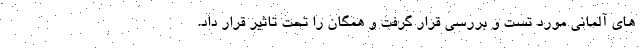
های آلمانی مورد تست و بررسی قرار گرفت و همگان را تحت تاثیر قرار داد.